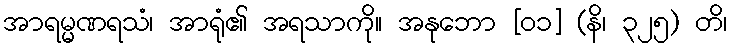
အာရမ္မဏရသံ၊ အာရုံ၏ အရသာကို။ အနုဘော [၀၁] (နိ၊ ၃၂၅) တိ၊